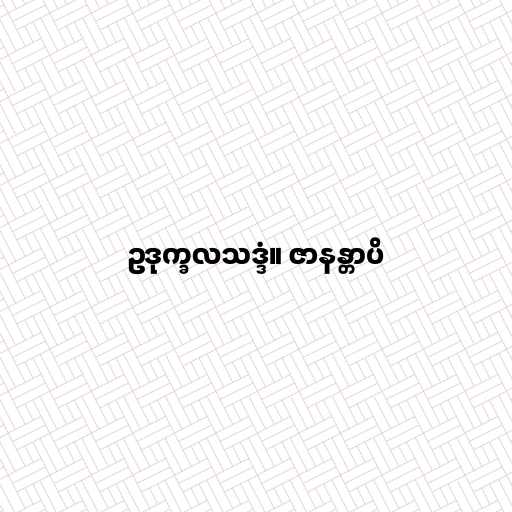
ဥဒုက္ခလသဒ္ဒံ။ ဇာနန္တာပိ